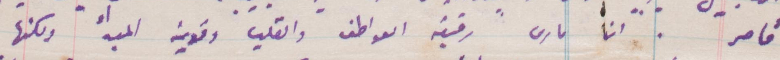
قاصر. ان ماري رقيق العواطف والقلب وقوية المبدأ ولكنها